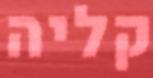
קליה